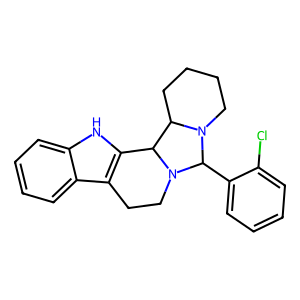
SMILES: Clc1ccccc1C1N2CCCCC2C2c3[nH]c4ccccc4c3CCN21
Inhibits HIV replication: No